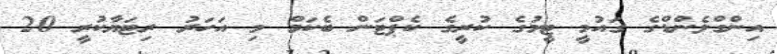
އިންގްލެންޑްގެ ގައުމީ ޓީމުގެ ކުރީގެ ކެޕްޓަން ބެކަމް މި އަހަރު ރިޓަޔާކުރީ 20